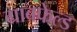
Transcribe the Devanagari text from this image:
ग्राबफेल्ड